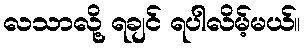
လသာလို့ ရချင် ရပါလိမ့်မယ်။